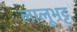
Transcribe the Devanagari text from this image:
लालूभट्ट